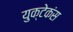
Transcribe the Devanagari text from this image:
युक्टेकंस